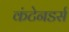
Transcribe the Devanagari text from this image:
कंटेनडर्स